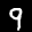
Label: 9